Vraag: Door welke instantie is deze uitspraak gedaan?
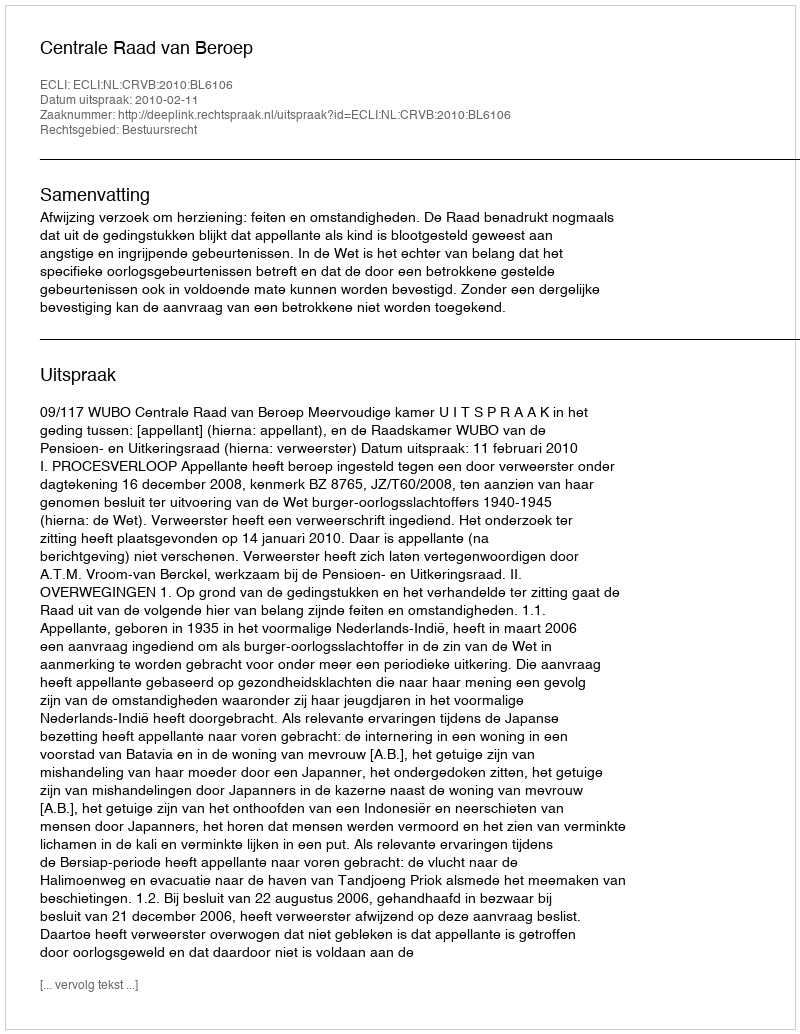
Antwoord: Centrale Raad van Beroep